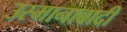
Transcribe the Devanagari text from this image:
उस्मानाबादी